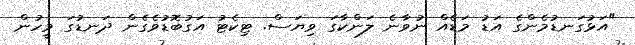
"އަޅުގަނޑުމެންގެ އަޑު މަޑެއް ނުވާނެ ލަންކާގަ ވިޔަސް. ޓިކެޓު އަގުބޮޑުވެގެން ދަނޑުގަ މީހުން